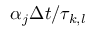
\alpha _ { j } \Delta t / \tau _ { k , l }